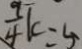
\frac { 9 } { 4 } k = 5